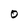
Character: O